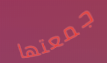
جمعتها